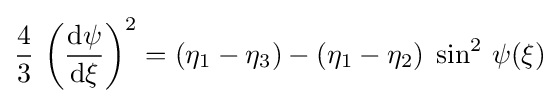
{\frac {4}{3}}\,\left({\frac {{\text{d}}\psi }{{\text{d}}\xi }}\right)^{2}=\left(\eta _{1}-\eta _{3}\right)-\left(\eta _{1}-\eta _{2}\right)\;\sin ^{2}\,\psi (\xi )